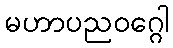
မဟာပညဝဂ္ဂေါ